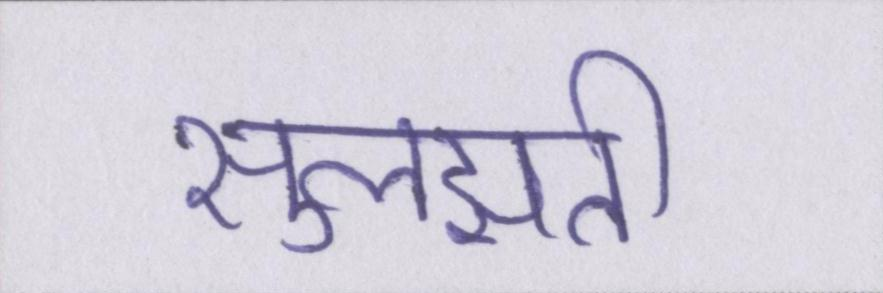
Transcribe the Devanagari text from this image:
सुलझती